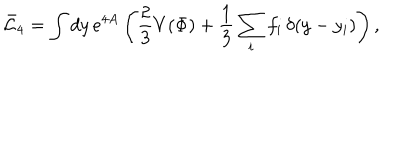
\bar { \cal L } _ { 4 } = \int d y \, e ^ { 4 A } \left( \frac { 2 } { 3 } V \! \left( \Phi \right) + \frac { 1 } { 3 } \sum _ { i } f _ { i } \, \delta \! \left( y - y _ { i } \right) \right) ,